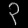
Digit: ၃